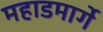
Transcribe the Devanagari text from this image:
महाडमार्गे